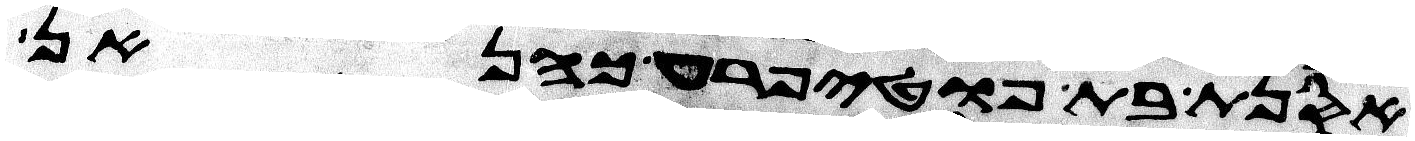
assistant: אסנת בת פוטיפרע כהנאן